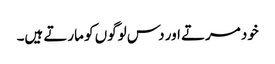
خود مرتے اور دس لوگوں کو مارتے ہیں۔